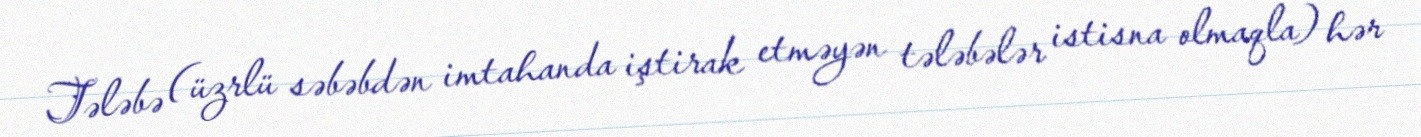
Tələbə (üzrlü səbəbdən imtahanda iştirak etməyən tələbələr istisna olmaqla) hər